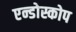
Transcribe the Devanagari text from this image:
एन्डोस्कोप